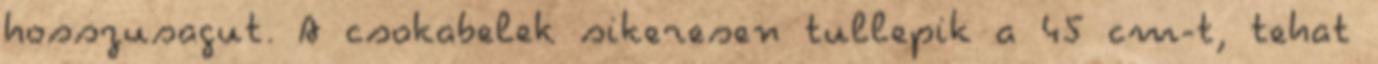
hosszusagut. A csokabelek sikeresen tullepik a 45 cm-t, tehat